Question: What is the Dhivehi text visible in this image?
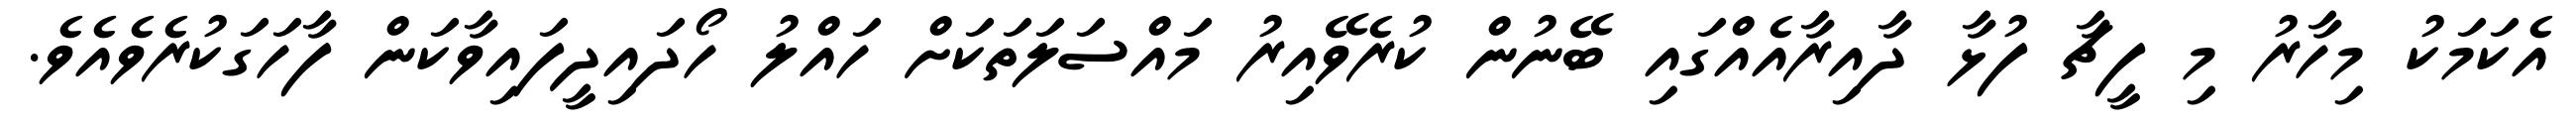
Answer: އެކަމަކު މިހާރު މި ފީޗާ ފުޅާ ދާއިރާއެއްގައި ބޭނުން ކުރެވޭއިރު މައްސަލަތަކަށް ހައްލު ހޯދައިދީފައިވާކަން ފާހަގަކުރެވެއެވެ.